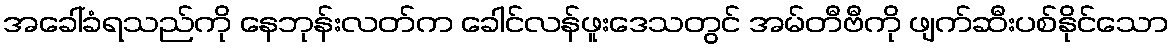
အခေါ်ခံရသည်ကို နေဘုန်းလတ်က ခေါင်လန်ဖူးဒေသတွင် အမ်တီဗီကို ဖျက်ဆီးပစ်နိုင်သော